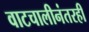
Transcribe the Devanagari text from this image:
वाटचालीनंतरही